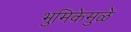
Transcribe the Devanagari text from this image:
भुमिकेमुळे